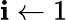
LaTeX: \mathbf{i}\leftarrow1